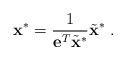
LaTeX: \begin{align*}\mathbf{x}^{*}=\frac{1}{\mathbf{e}^T\tilde{\mathbf{x}}^{*}}\tilde{\mathbf{x}}^{*}\;.\end{align*}